Civil Veterinary Dept. Assam report 1927-50 - 1927-1950
Year: 1927
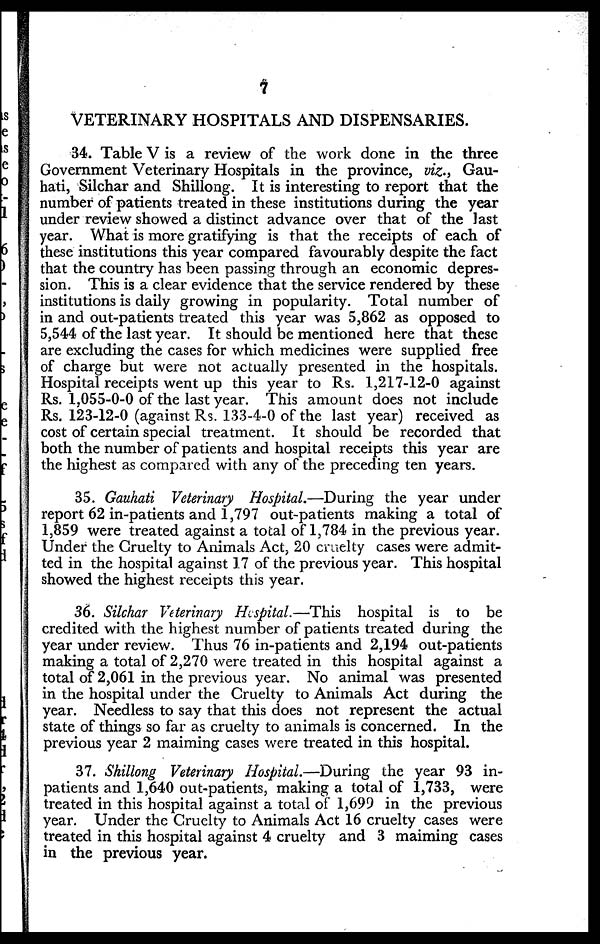
7
VETERINARY HOSPITALS AND DISPENSARIES.
34. Table V is a review of the work done in the three
Government Veterinary Hospitals in the province, viz., Gau-
hati, Silchar and Shillong. It is interesting to report that the
number of patients treated in these institutions during the year
under review showed a distinct advance over that of the last
year. What is more gratifying is that the receipts of each of
these institutions this year compared favourably despite the fact
that the country has been passing through an economic depres-
sion. This is a clear evidence that the service rendered by these
institutions is daily growing in popularity. Total number of
in and out-patients treated this year was 5,862 as opposed to
5,544 of the last year. It should be mentioned here that these
are excluding the cases for which medicines were supplied free
of charge but were not actually presented in the hospitals.
Hospital receipts went up this year to Rs. 1,217-12-0 against
Rs. 1,055-0-0 of the last year. This amount does not include
Rs. 123-12-0 (against Rs. 133-4-0 of the last year) received as
cost of certain special treatment. It should be recorded that
both the number of patients and hospital receipts this year are
the highest as compared with any of the preceding ten years.
35. Gauhati Veterinary Hospital.—During the year under
report 62 in-patients and 1,797 out-patients making a total of
1,859 were treated against a total of 1,784 in the previous year.
Under the Cruelty to Animals Act, 20 cruelty cases were admit-
ted in the hospital against 17 of the previous year. This hospital
showed the highest receipts this year.
36. Silchar Veterinary Hospital.—This hospital is to be
credited with the highest number of patients treated during the
year under review. Thus 76 in-patients and 2,194 out-patients
making a total of 2,270 were treated in this hospital against a
total of 2,061 in the previous year. No animal was presented
in the hospital under the Cruelty to Animals Act during the
year. Needless to say that this does not represent the actual
state of things so far as cruelty to animals is concerned. In the
previous year 2 maiming cases were treated in this hospital.
37. Shillong Veterinary Hospital.—During the year 93 in-
patients and 1,640 out-patients, making a total of 1,733, were
treated in this hospital against a total of 1,699 in the previous
year. Under the Cruelty to Animals Act 16 cruelty cases were
treated in this hospital against 4 cruelty and 3 maiming cases
in the previous year.